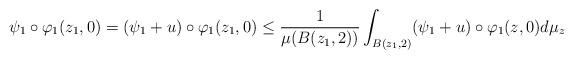
LaTeX: \begin{align*}\psi_1\circ \varphi_1(z_1, 0)=(\psi_1+u)\circ \varphi_1(z_1, 0)\leq \frac{1}{\mu(B(z_1, 2))}\int_{B(z_1, 2)} (\psi_1+u)\circ \varphi_1(z, 0) d\mu_z\end{align*}